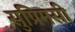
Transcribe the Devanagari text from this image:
सुप्रिमसी